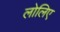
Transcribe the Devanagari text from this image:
लोलिए